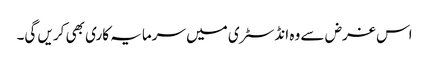
اس غرض سے وہ انڈسٹری میں سرمایہ کاری بھی کریں گی۔